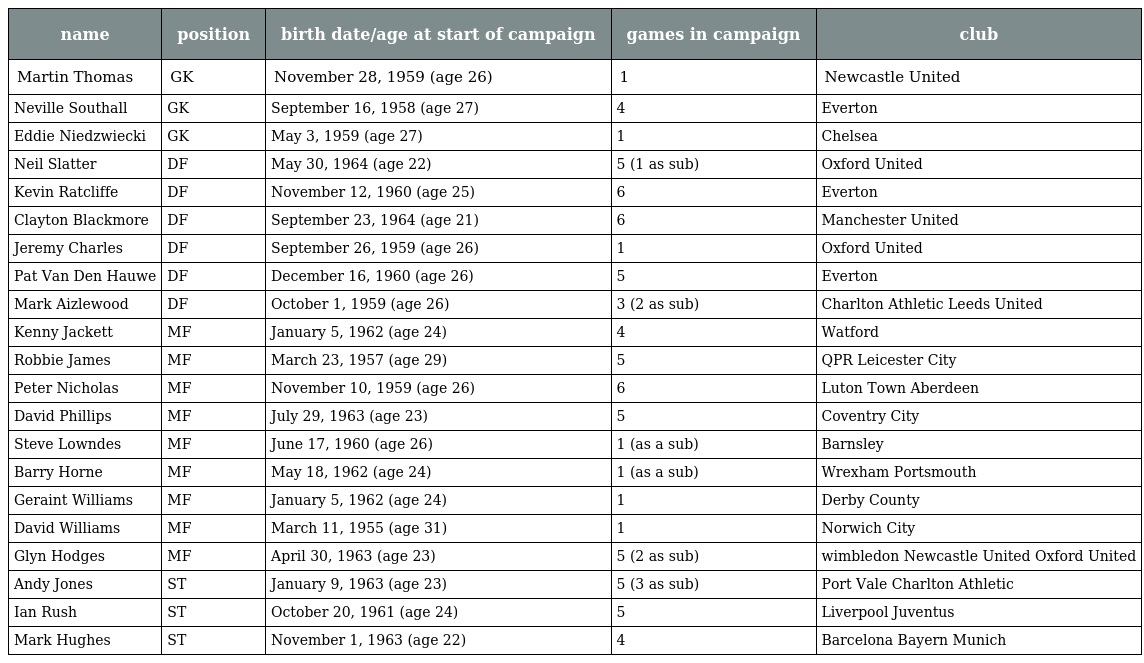
| name | position | birth date/age at start of campaign | games in campaign | club |
 | --- | --- | --- | --- | --- |
 | Martin Thomas | GK | November 28, 1959 (age 26) | 1 | Newcastle United |
 | Neville Southall | GK | September 16, 1958 (age 27) | 4 | Everton |
 | Eddie Niedzwiecki | GK | May 3, 1959 (age 27) | 1 | Chelsea |
 | Neil Slatter | DF | May 30, 1964 (age 22) | 5 (1 as sub) | Oxford United |
 | Kevin Ratcliffe | DF | November 12, 1960 (age 25) | 6 | Everton |
 | Clayton Blackmore | DF | September 23, 1964 (age 21) | 6 | Manchester United |
 | Jeremy Charles | DF | September 26, 1959 (age 26) | 1 | Oxford United |
 | Pat Van Den Hauwe | DF | December 16, 1960 (age 26) | 5 | Everton |
 | Mark Aizlewood | DF | October 1, 1959 (age 26) | 3 (2 as sub) | Charlton Athletic Leeds United |
 | Kenny Jackett | MF | January 5, 1962 (age 24) | 4 | Watford |
 | Robbie James | MF | March 23, 1957 (age 29) | 5 | QPR Leicester City |
 | Peter Nicholas | MF | November 10, 1959 (age 26) | 6 | Luton Town Aberdeen |
 | David Phillips | MF | July 29, 1963 (age 23) | 5 | Coventry City |
 | Steve Lowndes | MF | June 17, 1960 (age 26) | 1 (as a sub) | Barnsley |
 | Barry Horne | MF | May 18, 1962 (age 24) | 1 (as a sub) | Wrexham Portsmouth |
 | Geraint Williams | MF | January 5, 1962 (age 24) | 1 | Derby County |
 | David Williams | MF | March 11, 1955 (age 31) | 1 | Norwich City |
 | Glyn Hodges | MF | April 30, 1963 (age 23) | 5 (2 as sub) | wimbledon Newcastle United Oxford United |
 | Andy Jones | ST | January 9, 1963 (age 23) | 5 (3 as sub) | Port Vale Charlton Athletic |
 | Ian Rush | ST | October 20, 1961 (age 24) | 5 | Liverpool Juventus |
 | Mark Hughes | ST | November 1, 1963 (age 22) | 4 | Barcelona Bayern Munich |